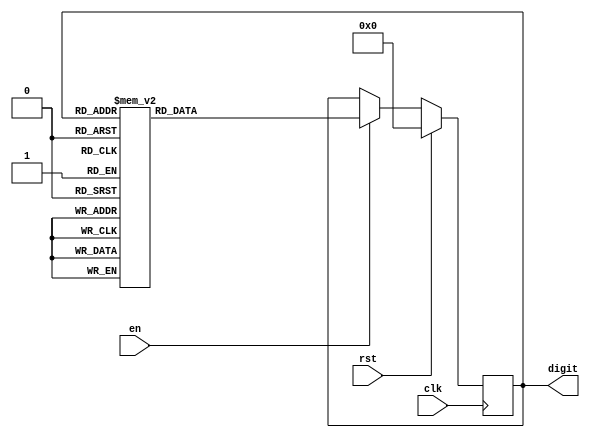
//--------------------------------------------------------------------
//
//  Company:    University of Wyoming
//  Module:     counter_0_to_9.v
//  Version:    1.0.0
//  Date        04/27/2021
//
//--------------------------------------------------------------------

module counter_0_to_9(digit, en, clk, rst);
    output [3:0] digit;
    input  en;
    input  clk;
    input  rst;

    reg [3:0] count, nCount;

    always @(posedge clk) begin
        if (rst == 1) 
            count <= 4'b0000;
        else if (en == 1)
            count <= nCount;
        else
            count <= count;
    end

    always @(count) begin
        case (count)
            4'h0:   nCount = 4'h1;
            4'h1:   nCount = 4'h2;
            4'h2:   nCount = 4'h3;
            4'h3:   nCount = 4'h4;
            4'h4:   nCount = 4'h5;
            4'h5:   nCount = 4'h6;
            4'h6:   nCount = 4'h7;
            4'h7:   nCount = 4'h8;
            4'h8:   nCount = 4'h9;
            4'h9:   nCount = 4'h0;
            default: nCount = 4'h0; 
        endcase
    end

    assign digit = count;
    
endmodule